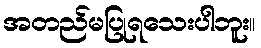
အတည်မပြုရသေးပါဘူး။